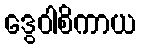
ဒွေဝါစိကာယ